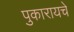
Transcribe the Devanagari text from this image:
पुकारायचे